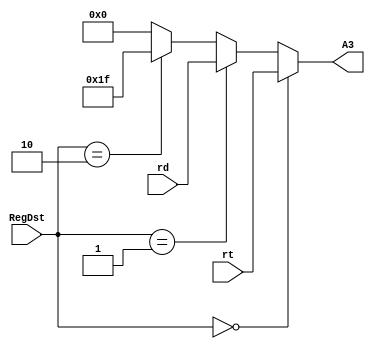
`timescale 1ns / 1ps
//////////////////////////////////////////////////////////////////////////////////
// Company: 
// Engineer: 
// 
// Design Name: 
// Module Name:    mux 
// Project Name: 
// Target Devices: 
// Tool versions: 
// Description: 
//
// Dependencies: 
//
// Revision: 
// Revision 0.01 - File Created
// Additional Comments: 
//
//////////////////////////////////////////////////////////////////////////////////
module mux_A3(
    input [1:0] RegDst,
    input [4:0] rt,
    input [4:0] rd,
    output [4:0] A3
    );

    assign A3 = (RegDst == 2'b00) ? rt :
                (RegDst == 2'b01) ? rd :
                (RegDst == 2'b10) ? 5'd31 :
                5'b0;

endmodule

module mux_ALUB(
    input ALUSrc,
    input [31:0] RD2,
    input [31:0] imm,
    output [31:0] B
    );

    assign B = (ALUSrc == 1'b0) ? RD2 : imm;

endmodule

module mux_grf_WD(
    input [1:0] MemtoReg,
    input [31:0] C,
    input [31:0] RD,
    input [31:0] PC4,
    output [31:0] WD
    );

    assign WD = (MemtoReg == 2'b00) ? C :
                (MemtoReg == 2'b01) ? RD :
                (MemtoReg == 2'b10) ? PC4 :
                32'b0;

endmodule